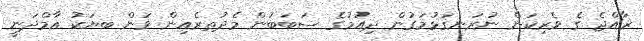
ޜާއްޖެ ގެ ވެރިކަން ނުރަނގަޅުމަގުން ދިއުމުގެ ސަބަބުން މެދުތރެއިން ވަން ބޔަކު އާމްދަނީ